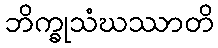
ဘိက္ခုသံဃဿာတိ